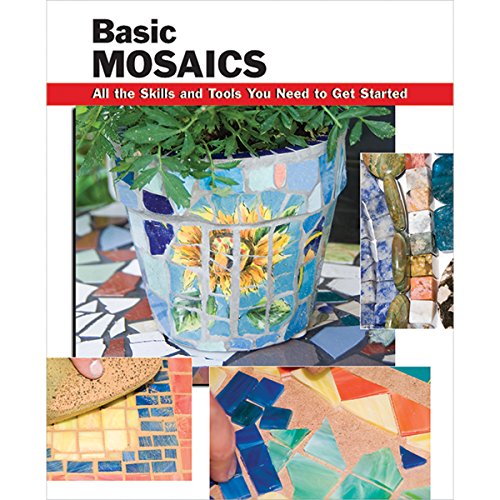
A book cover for Basic Mosaics: All the Skills and Tools You Need to Get Started (How To Basics); Crafts, Hobbies & Home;